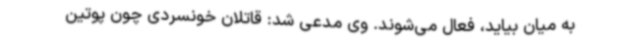
به میان بیاید، فعال می‌شوند. وی مدعی شد: قاتلان خونسردی چون پوتین